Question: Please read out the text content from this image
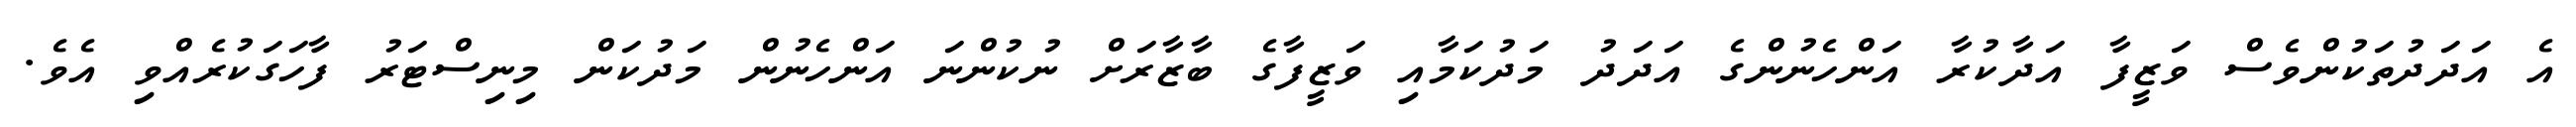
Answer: އެ އަދަދުތަކުންވެސް ވަޒީފާ އަދާކުރާ އަންހެނުންގެ އަދަދު މަދުކަމާއި ވަޒީފާގެ ބާޒާރަށް ނުކުންނަ އަންހެނުން މަދުކަން މިނިސްޓަރު ފާހަގަކުރެއްވި އެވެ.